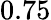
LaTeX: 0.75